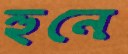
হুনে